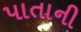
પાતાની